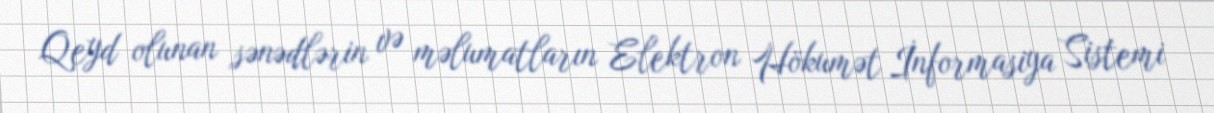
Qeyd olunan sənədlərin və məlumatların Elektron Hökumət İnformasiya Sistemi